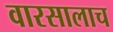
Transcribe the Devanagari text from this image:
वारसालाच